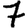
Digit: 7